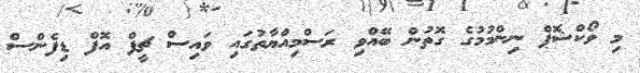
މި ވޯކްޝޮޕް ނިންމުމުގެ ގޮތުން ބޭއްވި ރަސްމިއްޔާތުގައި ވައިސް ޗީފް އޮފް ޑިފެންސް